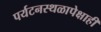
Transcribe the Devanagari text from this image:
पर्यटनस्थळापेक्षाही